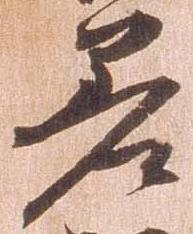
差